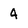
Character: 4